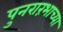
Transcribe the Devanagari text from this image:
पुनरारंभाच्या